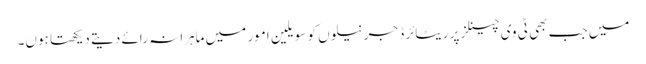
میں جب بھی ٹی وی چینلز پر ریٹائرڈ جرنیلوں کو سویلین امور میں ماہرانہ رائے دیتے دیکھتا ہوں۔